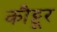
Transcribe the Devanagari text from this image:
कौट्टूर